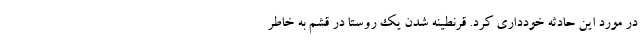
در مورد این حادثه خودداری کرد. قرنطینه شدن یک روستا در قشم به خاطر